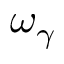
\omega _ { \gamma }